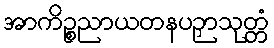
အာကိဉ္စညာယတနပဉှာသုတ္တံ